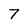
Character: 7